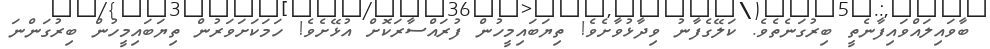
ބާވައިލައްވައިފާނެތީ ބިރުގަނެތެވެ. ކަލޭގެފާނު ވިދާޅުވާށެވެ! ތިޔަބައިމީހުން ފުރައްސާރަކޮށް އުޅޭށެވެ! ހަމަކަށަވަރުން ތިޔަބައިމީހުން ބިރުގަންނަ